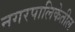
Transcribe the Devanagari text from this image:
नगरपालिकेतील